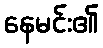
နေမင်း၏